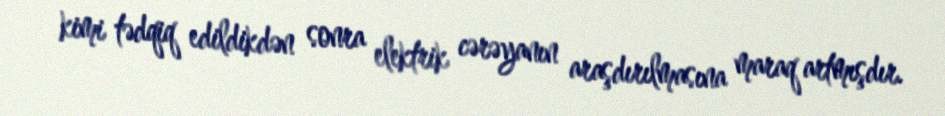
kimi tədqiq edildikdən sonra elektrik cərəyanın araşdırılmasına maraq artmışdır.